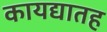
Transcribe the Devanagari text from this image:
कायद्यातह